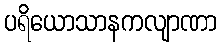
ပရိယောသာနကလျာဏာ